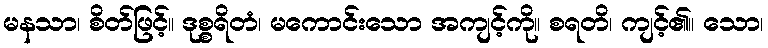
မနသာ၊ စိတ်ဖြင့်။ ဒုစ္စရိတံ၊ မကောင်းသော အကျင့်ကို။ စရတိ၊ ကျင့်၏။ သော၊